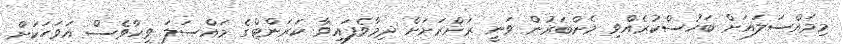
މިމައްސަލައަށް ބަހުސްކުރެއްވި މެންބަރުން ވަނީ ރަށްރަށަށް ދިމާވެފައިވާ ކަރަންޓްގެ މައްސަލަ ވީހާވެސް އަވަހަކަށް